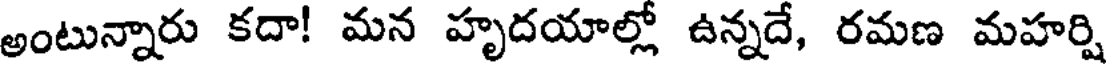
అంటున్నారు కదా! మన హృదయాల్లో ఉన్నదే, రమణ మహర్షి